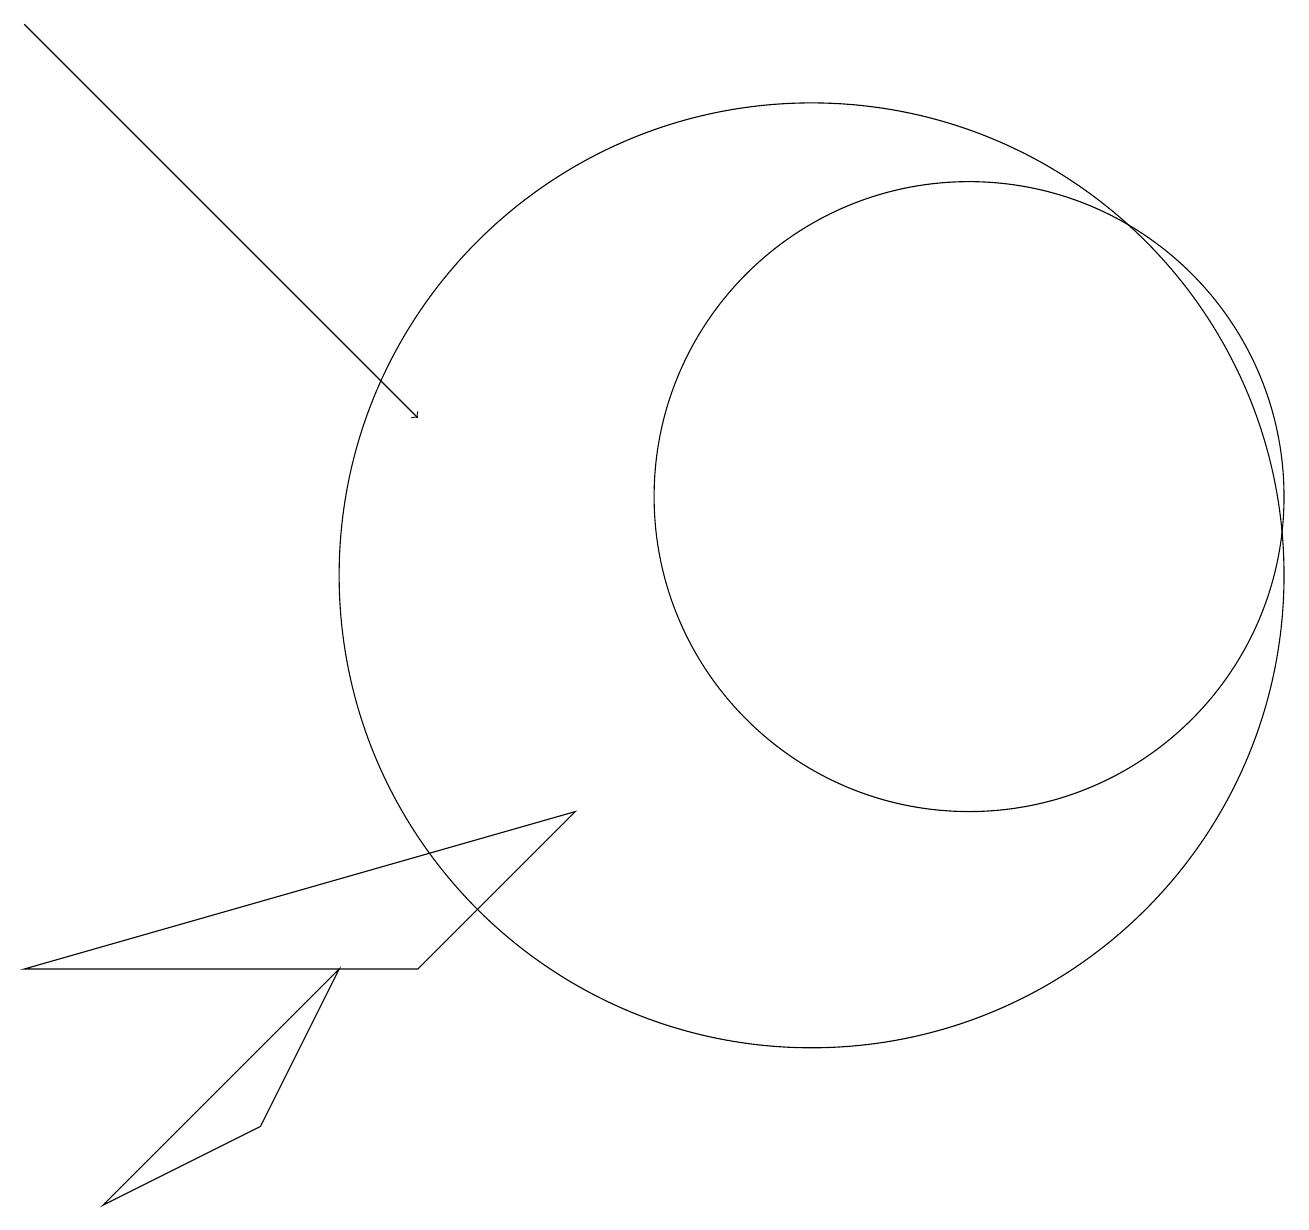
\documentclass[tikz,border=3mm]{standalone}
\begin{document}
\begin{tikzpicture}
\draw (12,12) circle (4);
\draw (10,11) circle (6);
\draw (1,3) -- (3,4) -- (4,6) -- cycle;
\draw (7,8) -- (5,6) -- (0,6) -- cycle;
\draw[->] (0,18) -- (5,13);
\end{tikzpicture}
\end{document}